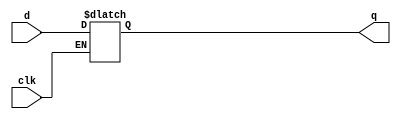
module llq (clk, d, q);
   parameter WIDTH = 32;
   input clk;
   input [WIDTH-1:0] d;
   output [WIDTH-1:0] q;
   reg [WIDTH-1:0]    qr;
   always @(clk or d)
     if (clk == 1'b0)
       qr <= d;
   assign q = qr;
endmodule